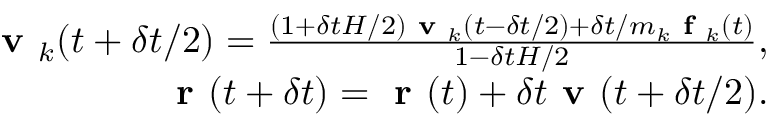
\begin{array} { r } { \textbf { v } _ { k } ( t + \delta t / 2 ) = \frac { ( 1 + \delta t H / 2 ) \textbf { v } _ { k } ( t - \delta t / 2 ) + \delta t / m _ { k } \textbf { f } _ { k } ( t ) } { 1 - \delta t H / 2 } , } \\ { \textbf { r } ( t + \delta t ) = \textbf { r } ( t ) + \delta t \textbf { v } ( t + \delta t / 2 ) . } \end{array}